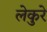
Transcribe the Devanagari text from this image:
लेकुरे